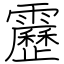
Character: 靂